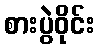
စားပွဲဝိုင်း